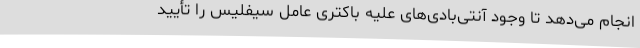
انجام می‌دهد تا وجود آنتی‌بادی‌های علیه باکتری عامل سیفلیس را تأیید